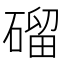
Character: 磂